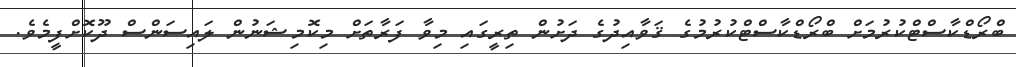
ބްރޯޑްކާސްޓްކުރުމަށް ބްރޯޑްކާސްޓްކުރުމުގެ ޤަވާއިދުގެ ދަށުން ތިރީގައި މިވާ ފަރާތަށް މިކޮމިޝަނުން ލައިސަންސް ދޫކޮށްފީމެވެ.